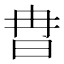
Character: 𣅾